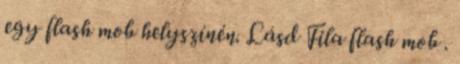
egy flash mob helyszínén. Lásd Fila flash mob .